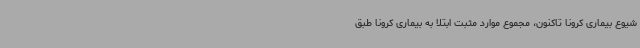
شیوع بیماری کرونا تاکنون، مجموع موارد مثبت ابتلا به بیماری کرونا طبق